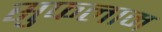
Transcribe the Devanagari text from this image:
सुफलाम